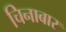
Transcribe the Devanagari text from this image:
चिनाबार